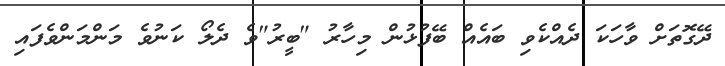
ދޭގޮތަށް ވާހަކަ ދެއްކެވި ބައެއް ބޭފުޅުން މިހާރު "ބީރު"ވެ ދެލޯ ކަނުވެ މަންމަންވެފައި